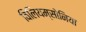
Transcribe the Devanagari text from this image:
विलियम्सोनिया